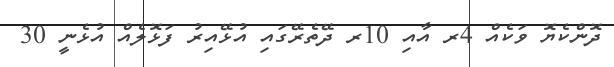
ދޮންކެޔޮ ވަކެއް 4ރ އާއި 10ރ ދޭތެރޭގައި އުޅޭއިރު ފަޅޮލެއް އުޅެނީ 30